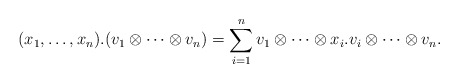
\begin{align*}(x_1,\ldots,x_n).(v_1 \otimes \cdots \otimes v_n) = \sum_{i=1}^n v_1 \otimes \cdots \otimes x_i.v_i \otimes \cdots \otimes v_n .\end{align*}